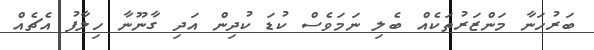
ބަރުހަނާ މަންޒަރުތަކެއް ބެލި ނަމަވެސް ކުޑަ ކުދިން އަދި ގާނޫނާ ހިލާފު އެޗެއް